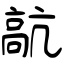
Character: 髚